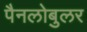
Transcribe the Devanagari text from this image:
पैनलोबुलर